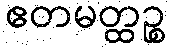
ဧတမတ္ထဉ္စ